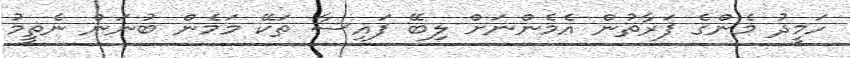
ހަމީދު މެންގެ ފަރާތުން އެމެންނަށް ލިބޭ ފައިސާ ތަކޭ މަމެން ބުނަން ނެތީމު